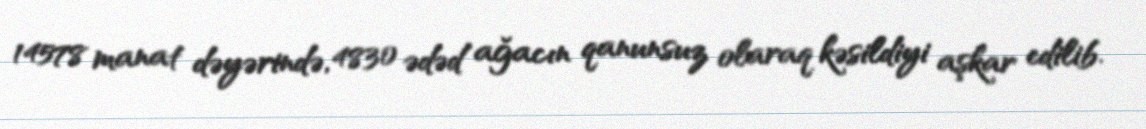
14578 manat dəyərində, 4830 ədəd ağacın qanunsuz olaraq kəsildiyi aşkar edilib.